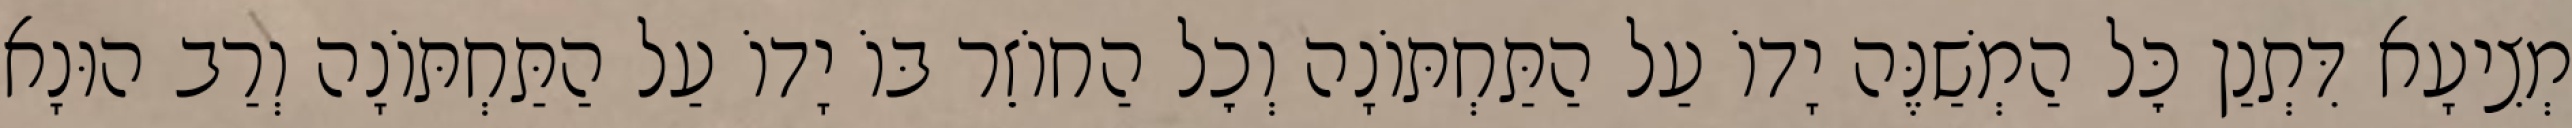
מְצִיעָא דִּתְנַן כׇּל הַמְשַׁנֶּה יָדוֹ עַל הַתַּחְתּוֹנָה וְכׇל הַחוֹזֵר בּוֹ יָדוֹ עַל הַתַּחְתּוֹנָה וְרַב הוּנָא